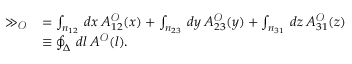
\begin{array} { r l } { \gg _ { \mathscr { O } } } & { = \int _ { n _ { 1 2 } } \: d x \: { A } _ { 1 2 } ^ { \mathscr { O } } ( x ) + \int _ { n _ { 2 3 } } \: d y \: { A } _ { 2 3 } ^ { \mathscr { O } } ( y ) + \int _ { n _ { 3 1 } } \: d z \: { A } _ { 3 1 } ^ { \mathscr { O } } ( z ) } \\ & { \equiv \oint _ { \Delta } \: d l \: { A } ^ { \mathscr { O } } ( l ) . } \end{array}